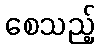
စေသည့်